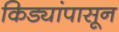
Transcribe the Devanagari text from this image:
किड्यांपासून